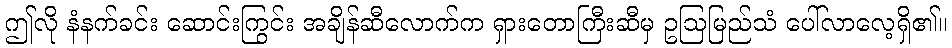
ဤလို နံနက်ခင်း ဆောင်းကြွင်း အချိန်ဆီလောက်က ရှားတောကြီးဆီမှ ဥဩမြည်သံ ပေါ်လာလေ့ရှိ၏။